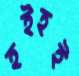
হইহই